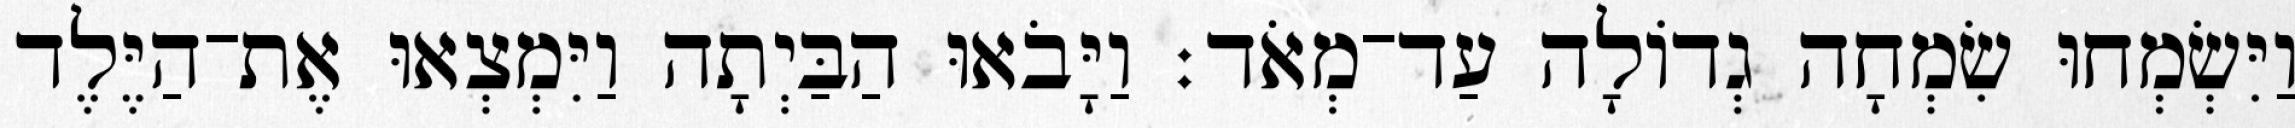
וַיִּשְׂמְחוּ שִׂמְחָה גְדוֹלָה עַד־מְאֹד׃ וַיָּבֹאוּ הַבַּיְתָה וַיִּמְצְאוּ אֶת־הַיֶּלֶד